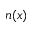
n ( x )